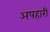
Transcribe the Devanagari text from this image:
अपहारी